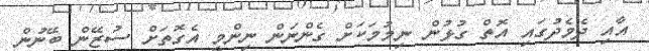
އާއި ދެމެދުގައި އޮތް ގުޅުން ނިމުމަކަށް ގެންނަން ނިންމީ އެގޮތަށް ސުޒޭން ބޭނުން